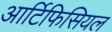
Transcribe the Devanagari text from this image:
आर्टिफिसियल